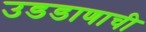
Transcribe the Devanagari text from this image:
उडडाणाची